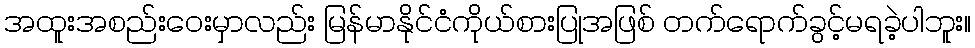
အထူးအစည်းဝေးမှာလည်း မြန်မာနိုင်ငံကိုယ်စားပြုအဖြစ် တက်ရောက်ခွင့်မရခဲ့ပါဘူး။